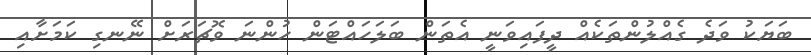
ބަޔަކު ވަދެ ގެއްލުންތަކެއް ދީފައިވަނީ އެތަން ބަލަހައްޓަން ހުންނަ ވޮޗަރަށް ނޭނގި ކަމަށާއި